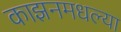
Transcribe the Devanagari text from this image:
काझनमधल्या